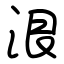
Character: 泿